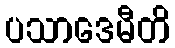
ပသာဒေမီတိ